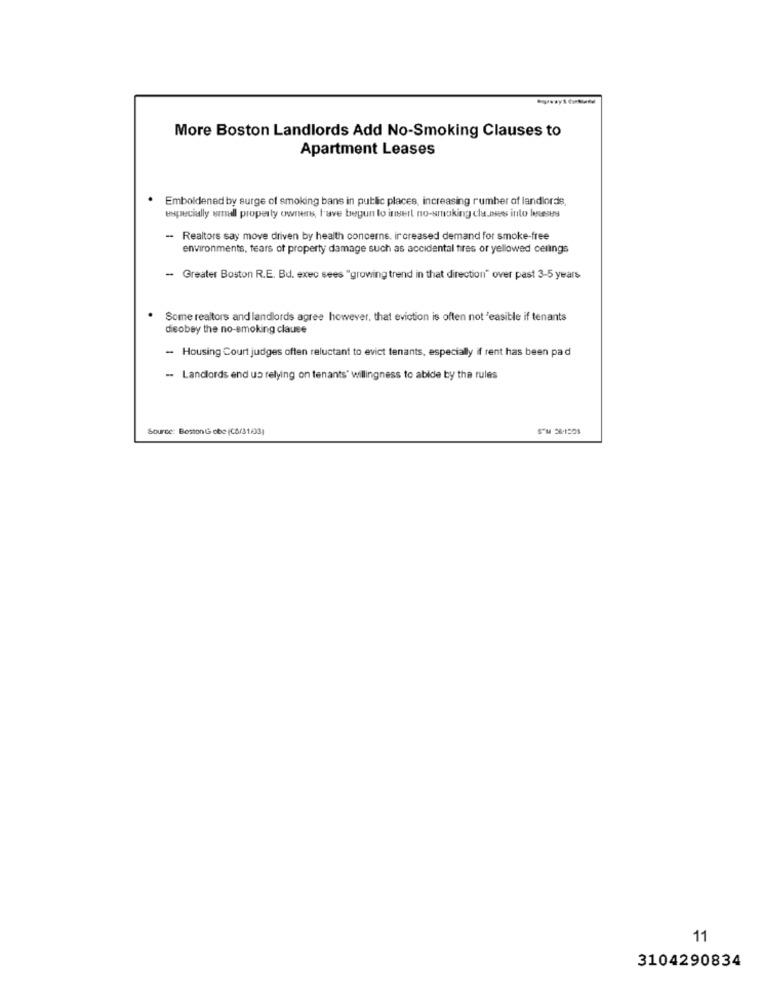
More Boston Landlords Add No-Smoking Clauses to
Apartment Leases
Emboldened by surge of smoking bans in public places, increasing rumber of landlords,
especially samuel property owners, have begun to insert no-smoking cla.nses into lewy
- Realtors say move driven by health concerns. ir creased demand for smoke-free
environments, tears of property damage such as accidental tires or yellowed cerings
- Greater Boston R.E. Bd. exec sees "growing trend in that direction" over past 3-5 years
Some realtors and landlords agree however, that eviction is often not 'easible if tenants
disobey the no-smoking clause
- Housing Court judges often reluctant to evict tenants, especially if rent has been pad
-- Landlords end up relying on tenants' willingness to abide by the rules
Source: BostonG obe (CS/31/03)
11
3104290834